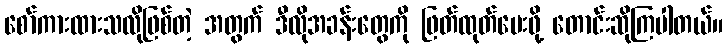
စော်ကားထားသလိုဖြစ်တဲ့ အတွက် ဒီလိုအခန်းတွေကို ဖြတ်ထုတ်ပေးဖို့ တောင်းဆိုကြပါတယ်။